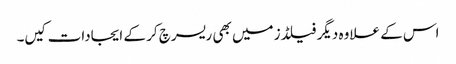
اس کے علاوہ دیگر فیلڈز میں بھی ریسرچ کر کے ایجادات کیں۔